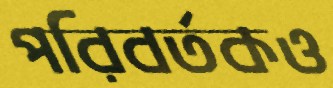
পরিবর্তকও